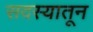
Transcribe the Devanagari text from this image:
सदस्यातून